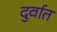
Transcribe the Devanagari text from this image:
दुर्वात